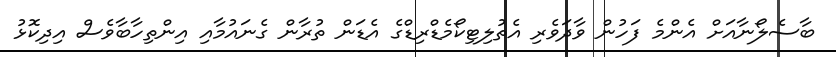
ބާސެލޯނާއަށް އެންމެ ފަހުން ވާދަވެރި އެތުލިޓިކޯމެޑްރިޑްގެ އެޑަން ތުރާން ގެނައުމާއި އިންތިހާބާވެސް އިދިކޮޅު